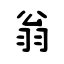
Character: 翁